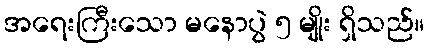
အရေးကြီးသော မနောပွဲ ၅ မျိုး ရှိသည်။